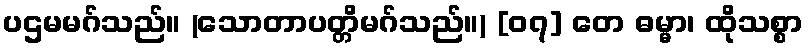
ပဌမမဂ်သည်။ (သောတာပတ္တိမဂ်သည်။) [၀၇] တေ ဓမ္မာ၊ ထိုသစ္စာ